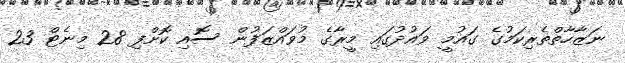
ނަޒާހާތްތެރިކަމުގެ ގައުމީ ވައުދުގައި މީރާގެ މުވައްޒަފުން ސޮއި ކޮށްފި 28 މިނެޓް 23